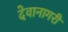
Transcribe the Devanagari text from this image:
देवानागरी